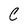
Character: C